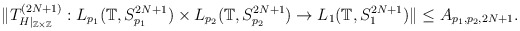
\begin{align*}\Vert T_{H\vert_{\mathbb{Z} \times \mathbb{Z}}}^{(2N+1)}: L_{p_1}(\mathbb{T}, S_{p_1}^{2N+1} ) \times L_{p_2}(\mathbb{T}, S_{p_2}^{2N+1} ) \rightarrow L_{1}(\mathbb{T}, S_{1}^{2N+1} ) \Vert \leq A_{p_1, p_2,2N+1}.\end{align*}